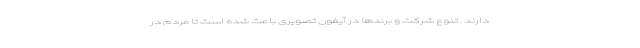
دارند . تنوع شرکت و برندها در آیفون تصویری باعث شده است تا مردم در